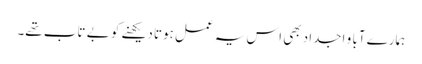
ہمارے آبا و اجداد بھی اس یہ عمل ہوتا دیکھنے کو بے تاب تھے۔